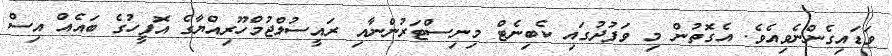
ވަޑައިގެންނެވިއެވެ. އެގޮތުން މި ވަފުދުގައި ކެބިނެޓް މިނިސްޓަރުންނާއި ރައީސުލްޖުމްހޫރިއްޔާގެ އޮފީހުގެ ބައެއް އިސް